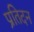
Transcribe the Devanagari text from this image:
प्रतिदन